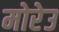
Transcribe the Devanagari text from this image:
मोरेउ